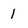
Character: 1